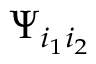
\Psi _ { i _ { 1 } i _ { 2 } }